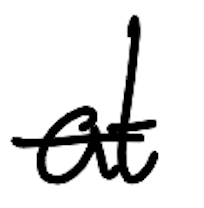
Text: at
Cross-out: single-line
Writing tool: digital_black